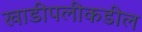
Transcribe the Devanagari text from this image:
खाडीपलीकडील